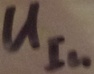
Text: UIn